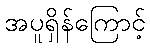
အပူရှိန်ကြောင့်